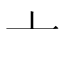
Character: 亠